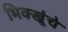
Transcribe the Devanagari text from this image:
भिक्खूंचे